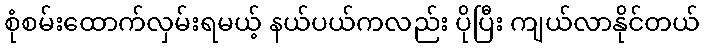
စုံစမ်းထောက်လှမ်းရမယ့် နယ်ပယ်ကလည်း ပိုပြီး ကျယ်လာနိုင်တယ်